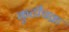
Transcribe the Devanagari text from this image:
कुटीचक्र